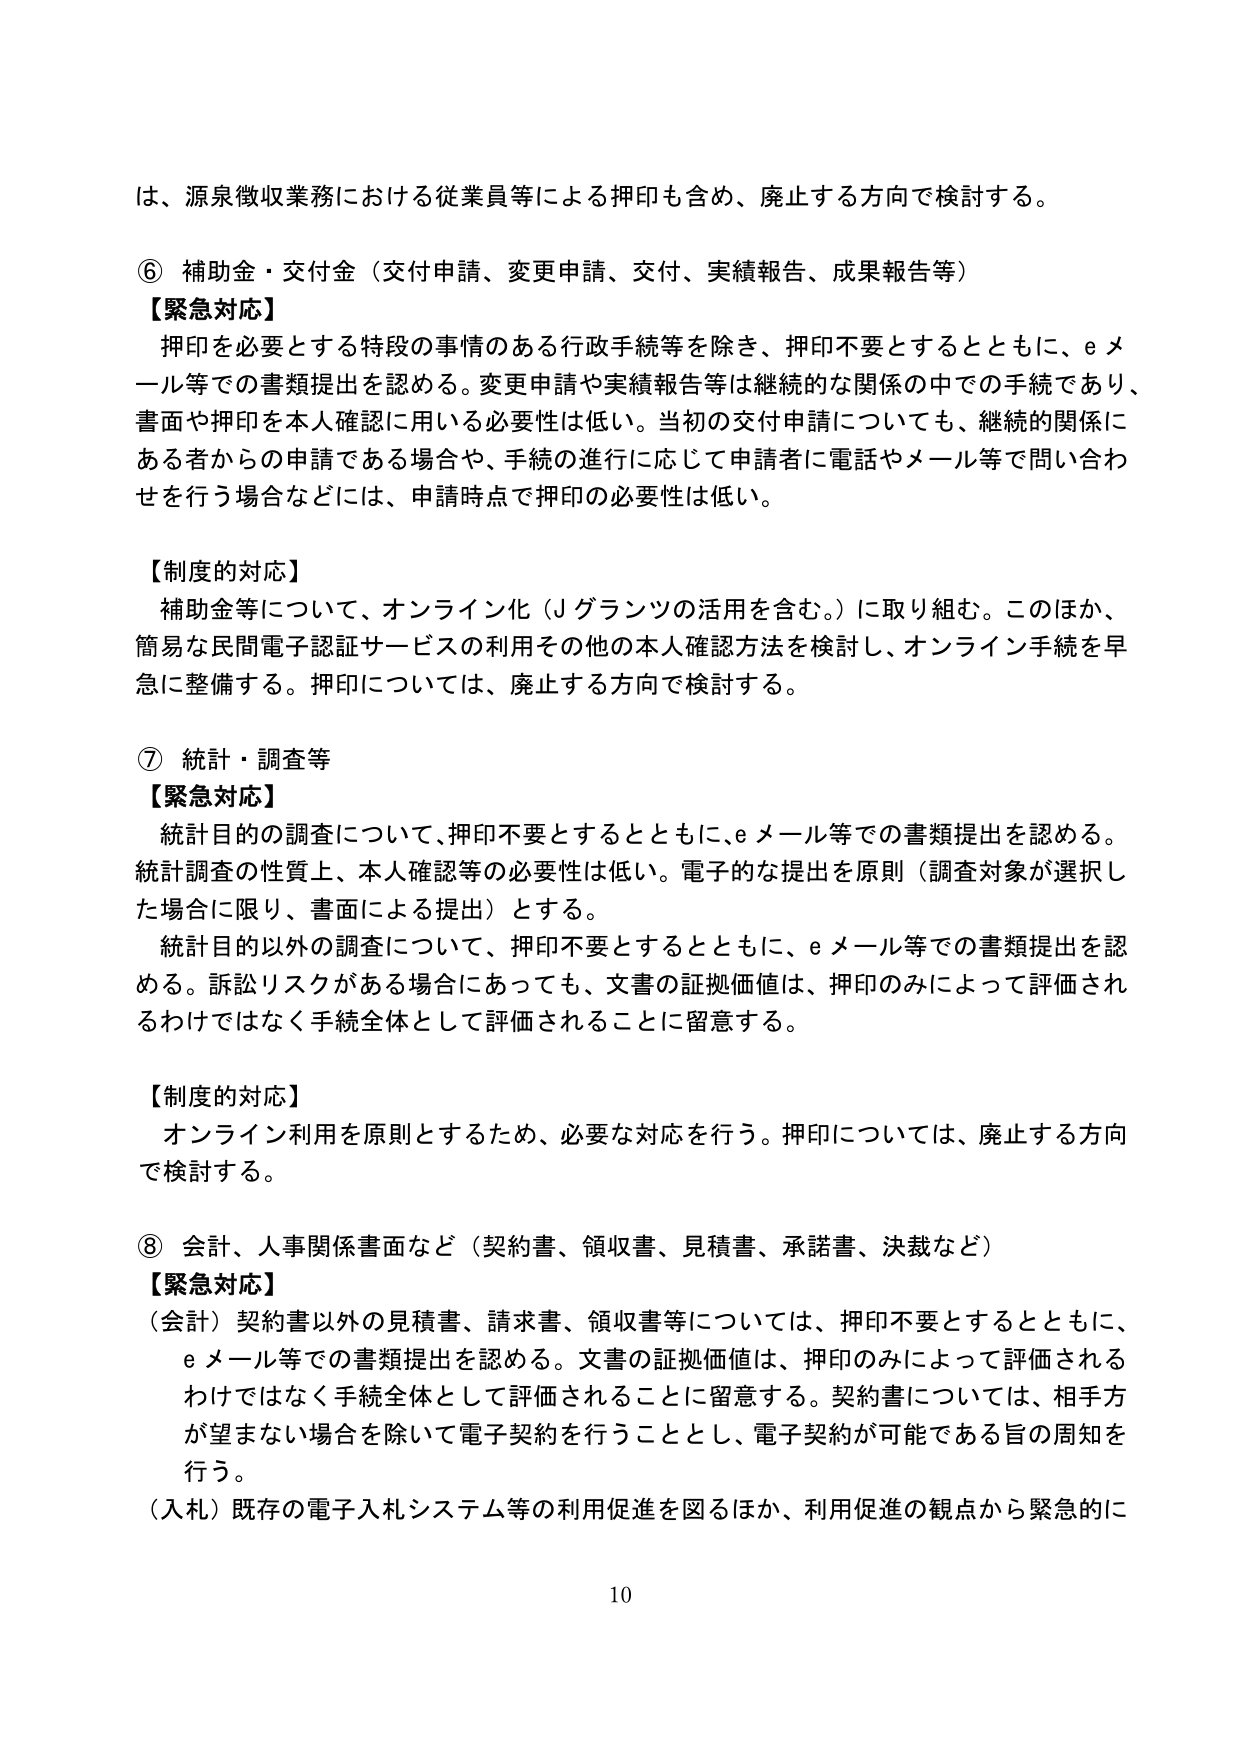
は、源泉徴収業務における従業員等による押印も含め、廃止する方向で検討する。

⑥ 補助金・交付金（交付申請、変更申請、交付、実績報告、成果報告等）
【緊急対応】
　押印を必要とする特段の事情のある行政手続等を除き、押印不要とするとともに、eメール等での書類提出を認める。変更申請や実績報告等は継続的な関係の中での手続であり、書面や押印を本人確認に用いる必要性は低い。当初の交付申請についても、継続的関係にある者からの申請である場合や、手続の進行に応じて申請者に電話やメール等で問い合わせを行う場合などには、申請時点で押印の必要性は低い。

【制度的対応】
　補助金等について、オンライン化（Jグランツの活用を含む。）に取り組む。このほか、簡易な民間電子認証サービスの利用その他本人確認方法を検討し、オンライン手続を早急に整備する。押印については、廃止する方向で検討する。

⑦ 統計・調査等
【緊急対応】
　統計目的の調査について、押印不要とするとともに、eメール等での書類提出を認める。統計調査の性質上、本人確認等の必要性は低い。電子的な提出を原則（調査対象が選択した場合に限り、書面による提出）とする。
　統計目的以外の調査について、押印不要とするとともに、eメール等での書類提出を認める。訴訟リスクがある場合にあっても、文書の証拠価値は、押印のみによって評価されるわけではなく手続全体として評価されることに留意する。

【制度的対応】
　オンライン利用を原則とするため、必要な対応を行う。押印については、廃止する方向で検討する。

⑧ 会計、人事関係書面など（契約書、領収書、見積書、承諾書、決裁など）
【緊急対応】
（会計）契約書以外の見積書、請求書、領収書等については、押印不要とするとともに、eメール等での書類提出を認める。文書の証拠価値は、押印のみによって評価されるわけではなく手続全体として評価されることに留意する。契約書については、相手方が望まない場合を除いて電子契約を行うこととし、電子契約が可能である旨の周知を行う。
（入札）既存の電子入札システム等の利用促進を図るほか、利用促進の観点から緊急的に

10